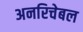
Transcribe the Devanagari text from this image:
अनरिचेबल